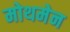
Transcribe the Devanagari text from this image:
मोथमेन